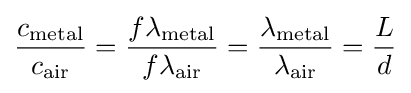
{\frac {c_{\text{metal}}}{c_{\text{air}}}}={\frac {f\lambda _{\text{metal}}}{f\lambda _{\text{air}}}}={\frac {\lambda _{\text{metal}}}{\lambda _{\text{air}}}}={\frac {L}{d}}